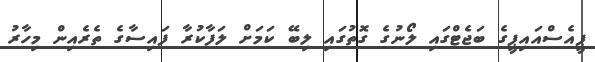
ޕީއެސްއައިޕީގެ ބަޖެޓްގައި ލޯނުގެ ގޮތުގައި ލިބޭ ކަމަށް ލަފާކުރާ ފައިސާގެ ތެރެއިން މިހާރު